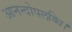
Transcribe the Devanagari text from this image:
आनन्दोपलब्धि।